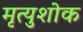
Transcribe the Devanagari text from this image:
मृत्युशोक